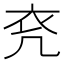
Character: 𧘊